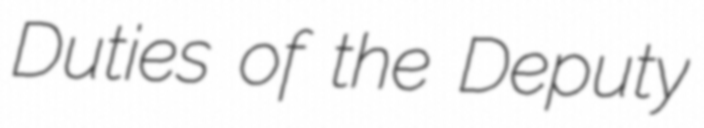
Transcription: Duties of the Deputy